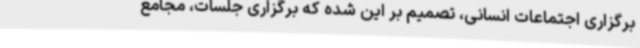
برگزاری اجتماعات انسانی، تصمیم بر این شده که برگزاری جلسات، مجامع